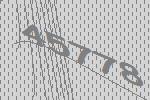
45778